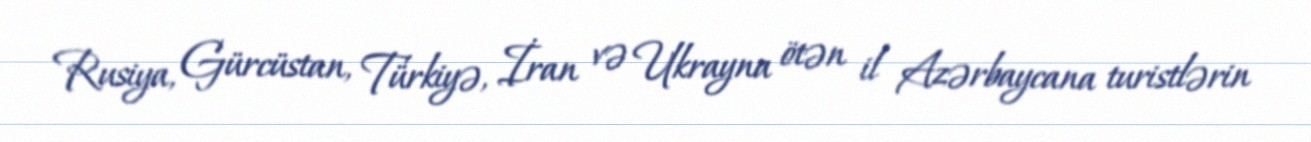
Rusiya, Gürcüstan, Türkiyə, İran və Ukrayna ötən il Azərbaycana turistlərin